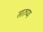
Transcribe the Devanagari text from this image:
सारुप्य